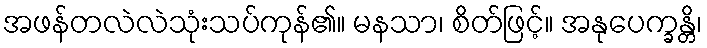
အဖန်တလဲလဲသုံးသပ်ကုန်၏။ မနသာ၊ စိတ်ဖြင့်။ အနုပေက္ခန္တိ၊